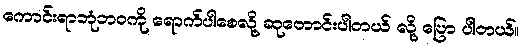
ကောင်းရာဘုံဘဝကို ရောက်ပါစေလို့ ဆုတောင်းပါတယ် လို့ ပြော ပါတယ်။